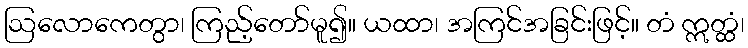
ဩလောကေတွာ၊ ကြည့်တော်မူ၍။ ယထာ၊ အကြင်အခြင်းဖြင့်။ တံ ဣတ္ထံ၊